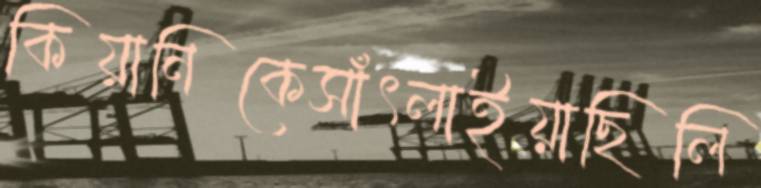
কিয়ানিকেসাঁৎলাইয়াছিলি